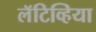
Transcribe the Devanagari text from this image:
लॅटिव्हिया